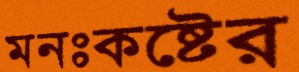
মনঃকষ্টের